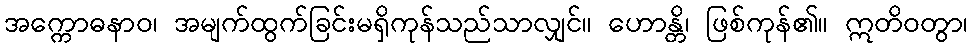
အက္ကောဓနာဝ၊ အမျက်ထွက်ခြင်းမရှိကုန်သည်သာလျှင်။ ဟောန္တိ၊ ဖြစ်ကုန်၏။ ဣတိဝတွာ၊